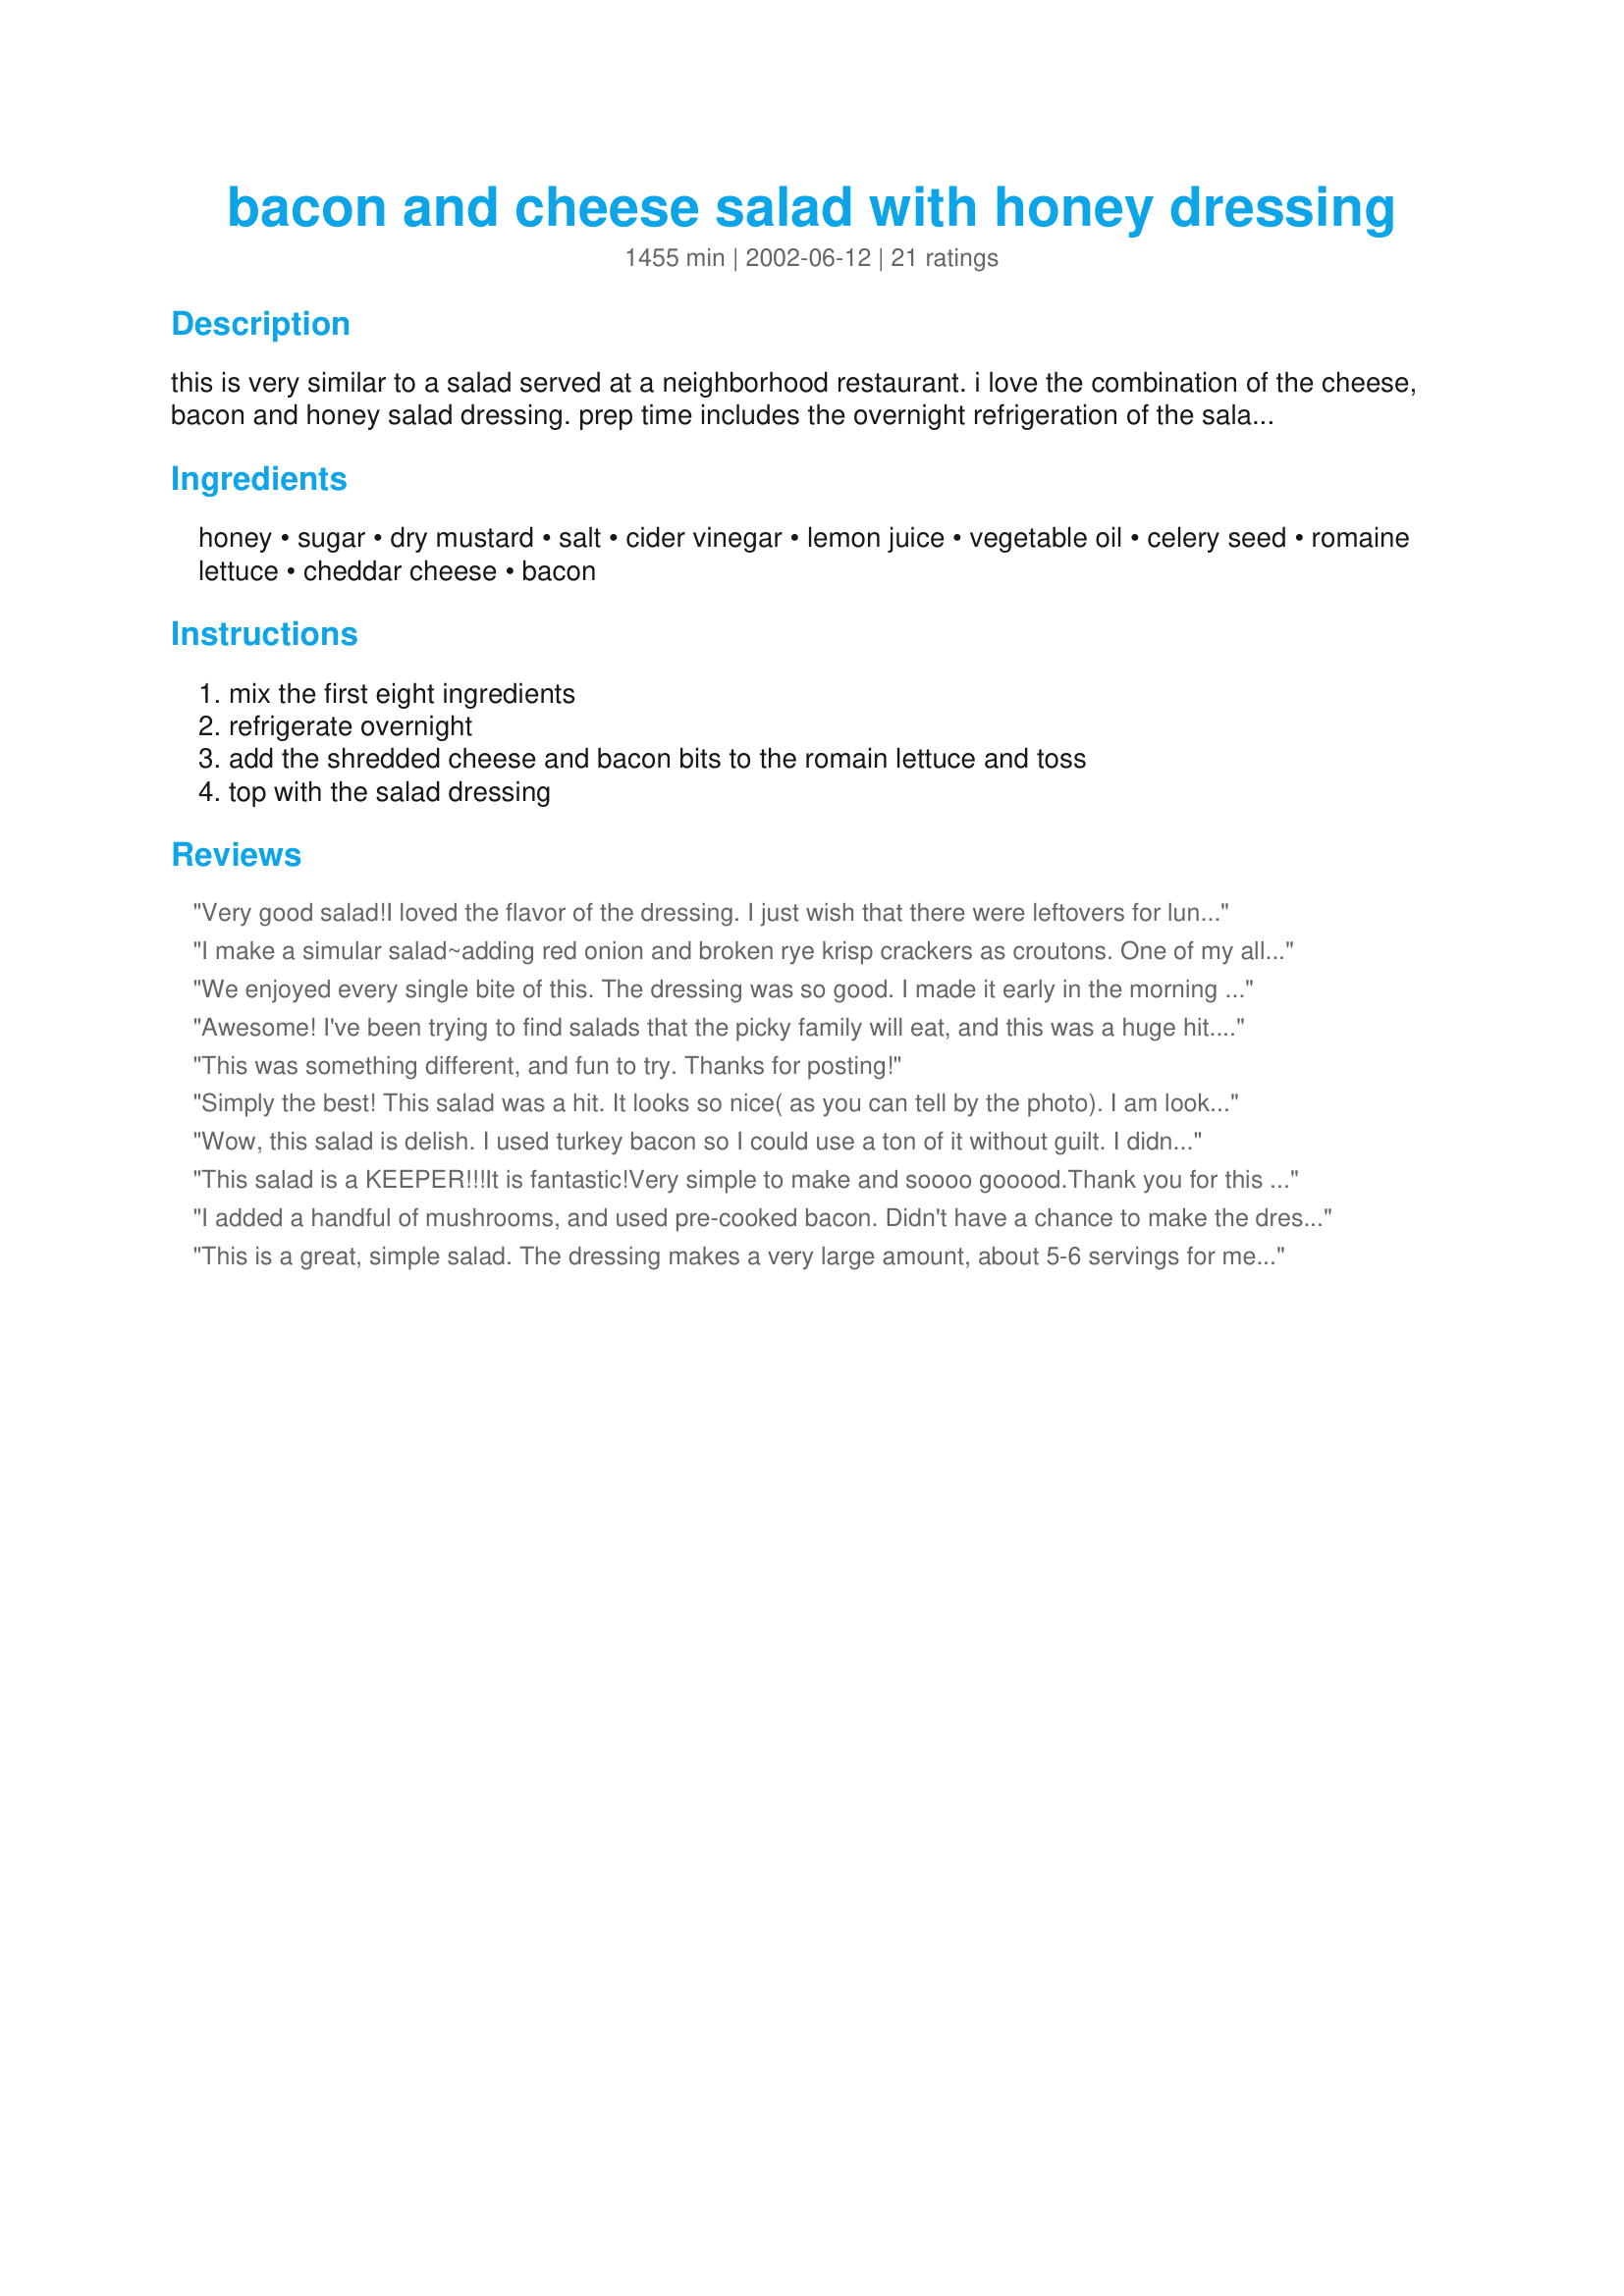
bacon and cheese salad with honey dressing
Preparation time: 1455 minutes

this is very similar to a salad served at a neighborhood restaurant. i love the combination of the cheese, bacon and honey salad dressing. prep time includes the overnight refrigeration of the salad dressing.

Ingredients:
honey, sugar, dry mustard, salt, cider vinegar, lemon juice, vegetable oil, celery seed, romaine lettuce, cheddar cheese, bacon

Steps:
mix the first eight ingredients, refrigerate overnight, add the shredded cheese and bacon bits to the romain lettuce and toss, top with the salad dressing

Reviews:
Very good salad!I loved the flavor of the dressing. I just wish that there were leftovers for lunch tomorrow. Thanks!!!
I make a simular salad~adding red onion and broken rye krisp crackers as croutons. One of my all-time favorite salads. Great recipe!
We enjoyed every single bite of this. The dressing was so good. I made it early in the morning and just let it sit out until dinner tonight. It makes a lot of dressing, but I'll be using it for other salads. Thanks Merlot for a keeper.
Awesome! I've been trying to find salads that the picky family will eat, and this was a huge hit. Everyone loved it! Thanks for sharing the recipe!
This was something different, and fun to try. Thanks for posting!
Simply the best! This salad was a hit. It looks so nice( as you can tell by the photo). I am looking forward to serving this to guests.I did let it refridgerate for about 5 hours. I like the fact that the dressing can be made well in advance . A true winner! Thank-you Merlot
Wow, this salad is delish. I used turkey bacon so I could use a ton of it without guilt. I didn't have time to make the dressing ahead and it was still fabulous. Thanks for sharing this, Merlot.
This salad is a KEEPER!!!It is fantastic!Very simple to make and soooo gooood.Thank you for this recipe.The dressing has a nice sweet/sour taste and the bacon and cheese in the salad was really great.I also added 1 clove of minced garlic to the dressing.I think it helped to round out the flavor.I also added some diced red onion and some garlic croutons to the lettuce,bacon and cheese salad.Very Good!!!
I added a handful of mushrooms, and used pre-cooked bacon. Didn't have a chance to make the dressing the night before, it was still very good. Will definitely make this again.
This is a great, simple salad. The dressing makes a very large amount, about 5-6 servings for me, and I like a lot of dressing on my salad. If you like your dressing more tangy than sweet, I would suggest adding a lot less sugar than the recipe recommends. I only added 1/3 cup of sugar, and it was still very sweet. Next time I think I will start with 2 tablespoons and work my way up. Other than that, the dressing had a great flavor. Thanks for the great recipe.
A quote from my husband: "This is one awesome tasting salad!" I added some spinach leaves from my garden. Also I didn't take the time to refridgerate the dressing as I wanted to try it right away. There is some left, so I will use it in the near future. Very nice salad indeed.
We thoroughly enjoyed this salad! The dressing is amazing! Very easy to make also! Will make often! Thanks!!!!!!!! (Also did not refridgerate the dressing; it was fine!)
Loved this salad! And the dressing is very very good...will make often..
We enjoyed this so much! I use a white sharp cheddar and real bacon which added so much to this salad! I know I will be making this again, Merlot! Thanks so much for sharing!
This dressing is wonderful! It is very similar to a honey mustard dressing served at a local restaurant called CR Thomas's that closed recently. I loved it and have been looking for something similar for a long time! Thank you so much for the recipe.
This is absolutely delicious! It was my first try at making a home-made salad dressing (besides potato/slaw types). My favorite dressings have always been Creamy Cucumber Ranch and Western! I do believe you've converted me and now I will have to try making other varieties (in addition to this one of course). This is a keeper!! It was easy to make and even tasted great on plain old iceberg lettuce too! Thank you for sharing your recipe Merlot!
Delicious and simple salad. Salad dressing makes A LOT - more than for two - but it is delicious on any salad! YUMMY!
Merlot, this was another wonderful recipe! I made the dressing last night and had it for lunch today. The only change I made was to use spinach leaves instead of romaine lettuce (because I had a megabag of it on hand). This is really a tasty salda dressing and it was great with the cheese and bacon too. Thank you so much for yet ANOTHER favorite recipe!
Awsome salad!! Loved the dressing. I was looking for a simple but delicious salad & this hit the spot. Will be making this on a regular basis. Thanks Merlot.

Donna
Wonderful dressing! And I love that it doesn't separate like a vinaigrette. I have kept it for almost 2 weeks so far in the fridge, and it still tastes great!
wow! the combination of everything is out of this world! i used a little less sugar but kept everything else the same. used about 1/2 lbs. bacon and 1 cup of sharp cheddar. excellent recipe. will make often. thanks merlot! made for "went to the market" tag, q.i.: salt.
